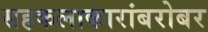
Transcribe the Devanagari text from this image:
सहकलाकारांबरोबर